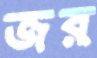
জর